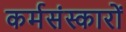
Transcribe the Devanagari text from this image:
कर्मसंस्कारों